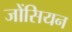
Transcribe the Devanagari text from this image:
जोंसियन